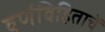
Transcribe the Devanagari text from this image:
वर्णविहिताचें